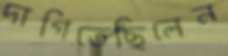
দাগিতেছিলেন